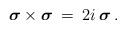
LaTeX: \begin{align*}{\mbox{\boldmath $\sigma$}} \times {\mbox{\boldmath $\sigma$}}\> = \>2 i \, {\mbox{\boldmath $\sigma$}} \> .\end{align*}